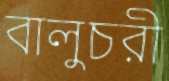
বালুচরী